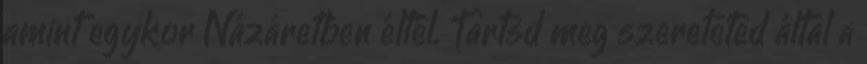
amint egykor Názáretben éltél. Tartsd meg szereteted által a